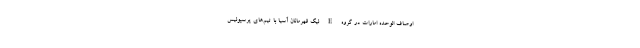
اوصاف الوحده امارات در گروه E لیگ قهرمانان آسیا با تیم‌های پرسپولیس